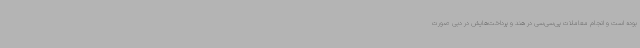
بوده است و انجام معاملات پی‌سی‌سی در هند و پرداخت‌هایش در دبی صورت